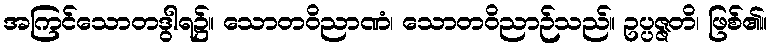
အကြင်သောတဒွါရ၌။ သောတဝိညာဏံ၊ သောတဝိညာဉ်သည်။ ဥပ္ပဇ္ဇတိ၊ ဖြစ်၏။